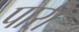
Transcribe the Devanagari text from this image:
पारीं